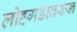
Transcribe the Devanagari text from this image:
लोहगडावरून